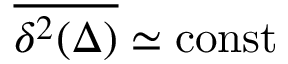
\overline { { \delta ^ { 2 } ( \Delta ) } } \simeq \mathrm { c o n s t }